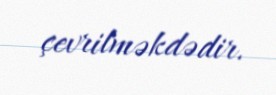
çevrilməkdədir.